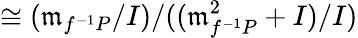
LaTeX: \cong({\mathfrak{m}}_{f^{-1}P}/I)/(({\mathfrak{m}}_{f^{-1}P}^{2}+I)/I)